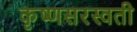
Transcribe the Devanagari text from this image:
कृष्णसरस्वती